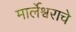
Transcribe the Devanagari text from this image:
मार्लेश्वराचे